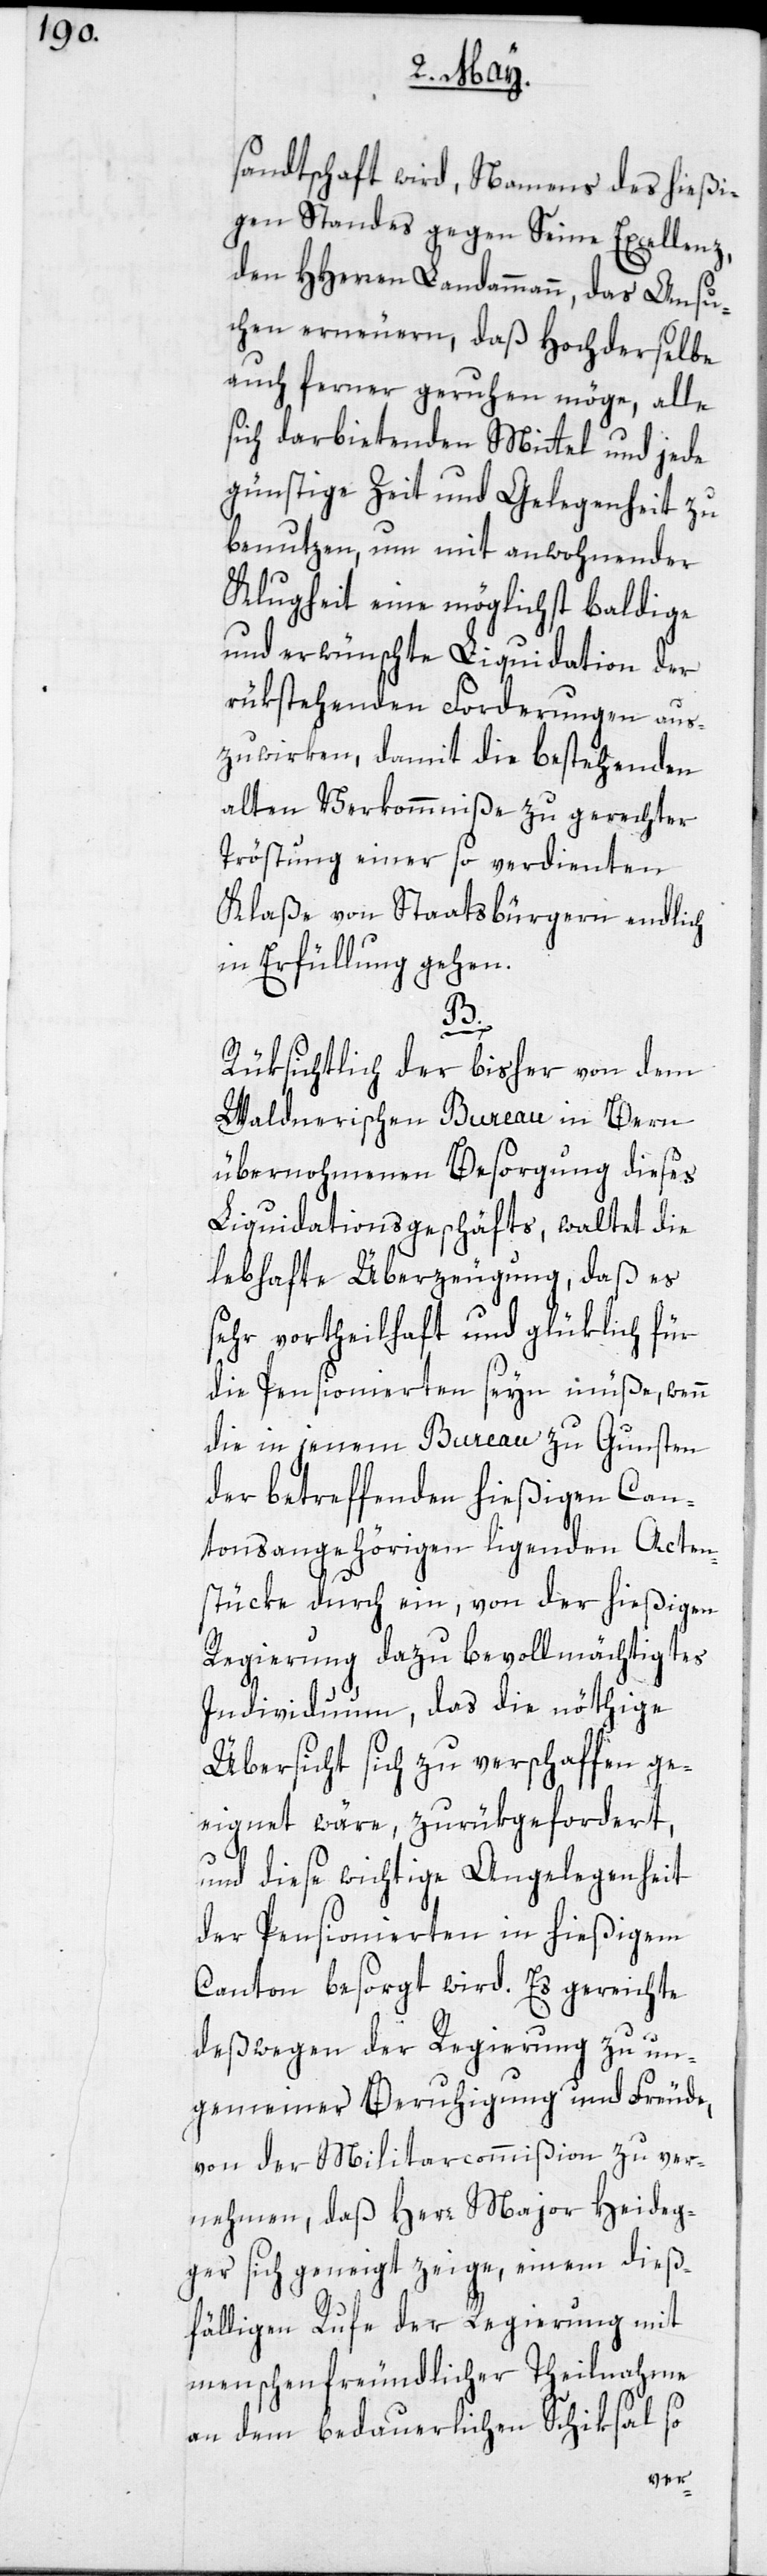
sandtschaft wird, Namens des hießi¬
gen Standes gegen Seine Excellenz,
den HHerren Landammann, das Ansu¬
chen erneuern, daß Hochderselbe
auch ferner geruhen möge, alle
sich darbietenden Mittel und jede
günstige Zeit und Gelegenheit zu
benutzen, um mit anwohnender
Klugheit eine möglichst baldige
und erwünschte Liquidation der
rükstehenden Forderungen aus¬
zuwirken, damit die bestehenden
alten Verkommniße zu gerechter
Tröstung einer so verdienten
Klaße von Staatsbürgern endlich
in Erfüllung gehen.
B.
Rüksichtlich der bisher von dem
Waldnerischen Bureau in Bern
übernohmenen Besorgung dieses
Liquidationsgeschäfts, waltet die
lebhafte Überzeugung, daß es
sehr vortheilhaft und glüklich für
die Pensionierten seyn müße, wenn
die in jenem Bureau zu Gunsten
der betreffenden hießigen Can¬
tonsangehörigen ligenden Acten¬
stücke durch ein, von der hießigen
Regierung dazu bevollmächtigtes
Individuum, das die nöthige
Übersicht sich zu verschaffen ge¬
eignet wäre, zurükgefordert,
und diese wichtige Angelegenheit
der Pensionierten in hießigem
Canton besorgt wird. Es gereichte
deßwegen der Regierung zu un¬
gemeiner Beruhigung und Freude,
von der Militarcommißion zu ver¬
nehmen, daß Herr Major Heideg¬
ger sich geneigt zeige, einem dieß¬
fälligen Rufe der Regierung mit
menschenfreundlicher Theilnahme
an dem bedauerlichen Schiksal so